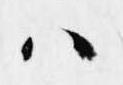
ハ